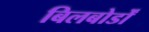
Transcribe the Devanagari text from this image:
बिलबोर्डों